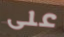
على